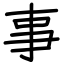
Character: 事